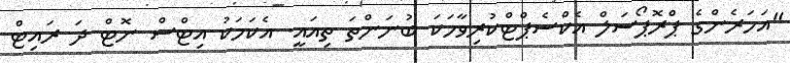
"އަހަރެންގެ ޕްރޮޕޯސަލް އެކްސެޕްޓްކުރިވާހަކަ ބުނަންތަ ތިއައީ. އެކަމަކު އިޓްސް ނޮޓް ދަ ރައިޓް